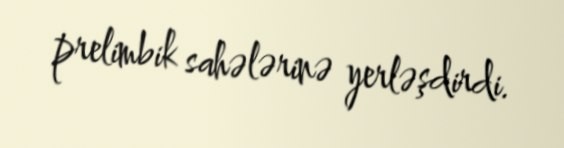
prelimbik sahələrinə yerləşdirdi.